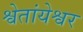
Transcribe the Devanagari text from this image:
श्वेतांयेश्वर